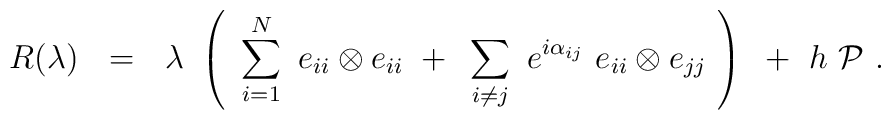
R(\lambda)~~=~~\lambda ~\left ( ~ \sum_{i=1}^N ~e_{ii}\otimes e_{ii}~+~\sum _{i\neq j}~ e^{i\alpha_{ij}}~ e_{ii}\otimes e_{jj}~\right ) ~ +~ h~{\cal P}~.